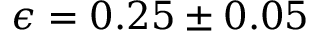
\epsilon = 0 . 2 5 \pm 0 . 0 5